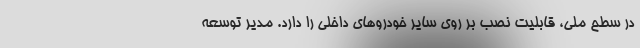
در سطح ملی، قابلیت نصب بر روی سایر خودرو‌های داخلی را دارد. مدیر توسعه